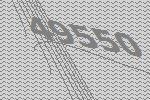
49550